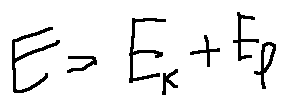
E = E _ { k } + E _ { p }